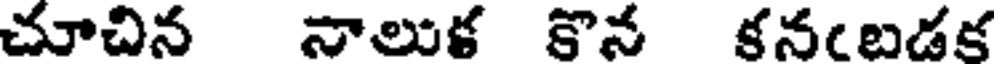
చూచిన నాలుక కొన కనబడక